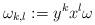
LaTeX: \begin{align*}\omega_{k, l}: = y^k x^l \omega\end{align*}